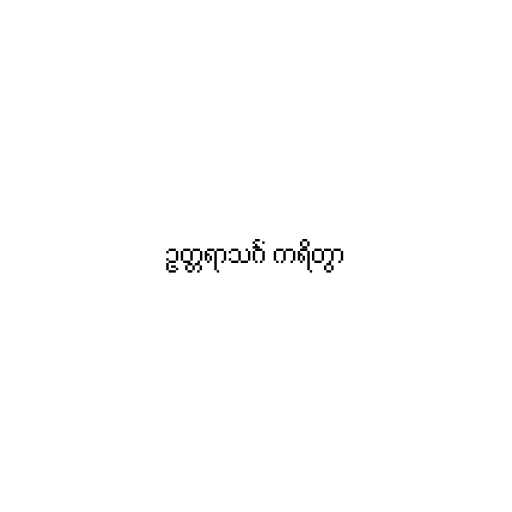
ဥတ္တရာသင်္ဂံ ကရိတွာ